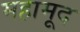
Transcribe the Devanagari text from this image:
महामूद